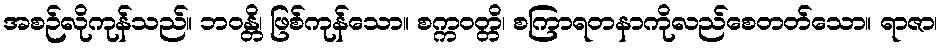
အစဉ်လိုကုန်သည်။ ဘဝန္တိ၊ ဖြစ်ကုန်သော။ စက္ကဝတ္တိ၊ စကြာရတနာကိုလည်စေတတ်သော။ ရာဇာ၊